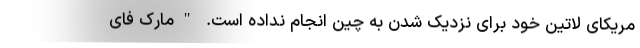
مریکای لاتین خود برای نزدیک شدن به چین انجام نداده است. "مارک فای